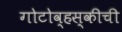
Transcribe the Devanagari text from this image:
गोटोव्हस्कीची